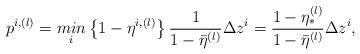
LaTeX: \begin{align*} p^{i,(l)}= \underset{i}{min}\left\{1-\eta^{i,(l)}\right\}\frac{1}{1-\bar{\eta}^{(l)}} \Delta z^{i}=\frac{1-\eta^{(l)}_*}{1-\bar{\eta}^{(l)}} \Delta z^{i},\end{align*}